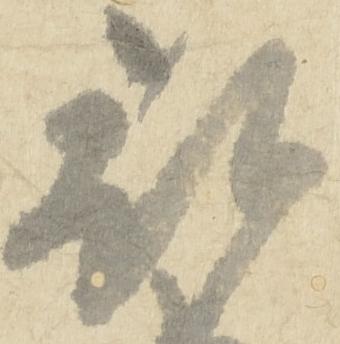
被